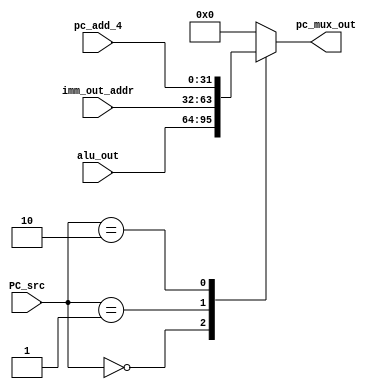
module pc_input(output reg [31:0] pc_mux_out,input [31:0] pc_add_4, input [31:0] imm_out_addr,input [31:0]alu_out,input [1:0] PC_src);

always @(*) begin
case(PC_src)
'b00: pc_mux_out = alu_out;
'b01: pc_mux_out = imm_out_addr;
'b10: pc_mux_out = pc_add_4;
default : pc_mux_out = 'b0;
endcase
end
endmodule